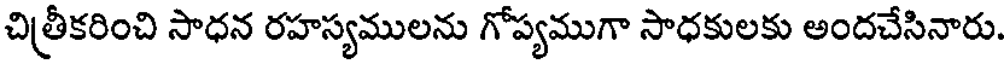
చిత్రీకరించి సాధన రహస్యములను గోప్యముగా సాధకులకు అందచేసినారు.